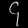
Digit: ၄